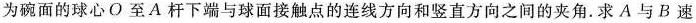
为碗面的球心O至A杆下端与球面接触点的连线方向和竖直方向之间的夹角.求A与B速